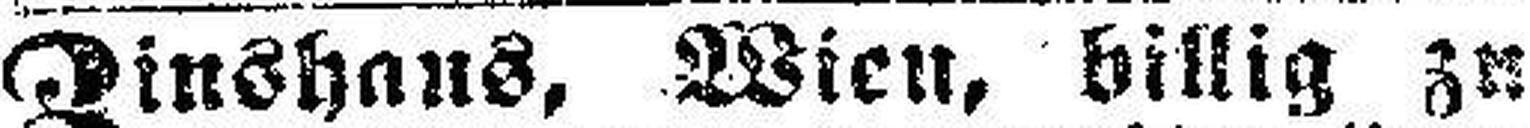
Zinshaus, Wien, billig zu